[Report on the health of British troops in the Madras command]
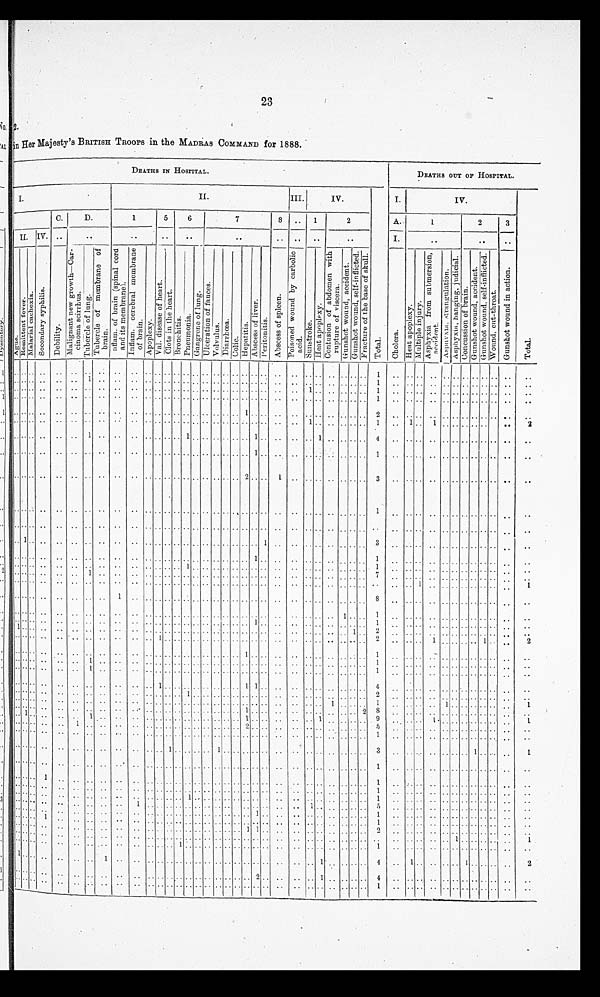
23
in Her Majesty's BRITISH TROOPS in the MADRAS COMMAND for 1888.
DEATHS IN HOSPITAL.
DEATHS OUT OF HOSPITAL.
I.
II.
III.
IV.
T o t a l .
I.
IV.
T o t a l .
C.
D.
1
5
6
7
8
. .
1
2
A.
1
2
3
I I .
IV. ..
. .
. .
..
. .
..
. .
. .
. .
..
I.
..
..
. .
A g u e .
R e m i t t e n t f e v e r .
M a l a r i a l c a c h e x i a . S e c o n d a r y s y p h i l i s .
D e b i l i t y .
M a l i g n a n t n e w g r o w t h — C a r - c i n o m a s c i r r h u s .
T u b e r c l e o f l u n g .
T u b e r c l e o f m e m b r a n e o f b r a i n .
I n f l a m . o f b r a i n ( s p i n a l c o r d a n d i t s m e m b r a n e . )
I n f l a m . c e r e b r a l m e m b r a n e o f b r a i n .
A p o p l e x y .
V a l . d i s e a s e o f h e a r t .
C l o t s i n t h e h e a r t .
B r o n c h i t i s . P n e u m o n i a .
G a n g r e n e o f l u n g .
U l c e r a t i o n o f f a u c e s .
V o l v u l u s . D i a r r h œ a .
C o l i c .
H e p a t i t i s .
A b s c e s s o f l i v e r .
P e r i t o n i t i s .
A b s c e s s o f s p l e e n .
P o i s o n e d w o u n d b y c a r b o l i c a c i d .
S u n s t r o k e .
H e a t a p o p l e x y .
C o n t u s i o n o f a b d o m e n w i t h r u p t u r e o f v i s c e r a .
G u n s h o t w o u n d , a c c i d e n t .
G u n s h o t w o u n d , s e l f - i n f l i c t e d . F r a c t u r e o f t h e b a s e o f s k u l l .
C h o l e r a .
H e a t a p o p l e x y . M u l t i p l e i n j u r y . A s p h y x i a f r o m s u b m e r s i o n , a c c i d e n t .
A s p h y x i a , s t r a n g u l a t i o n .
A s p h y x i a , h a n g i n g , j u d i c i a l .
C o n c u s s i o n o f b r a i n .
G u n s h o t w o u n d , a c c i d e n t .
G u n s h o t w o u n d , s e l f - i n f l i c t e d .
W o u n d , c u t - t h r o a t .
G u n s h o t w o u n d i n a c t i o n .
. .
. . . . . .
. . . . . . . . . .
. .
. . . . . . . . . . . . . . . . . . . . . . . . . . . .
. .
. . . . . . . .
. . . . 1
. .
. . . . . .
. . . . . .
. . . .
. .
.. ..
. .
. . . . . .
. . . .
1
. .
. .
.. .. ..
. .
.. ..
. .
.. .. .. ..
. .
.. .. .. .. .. .. .. .. .. .. 1
. . . . . . . . . . . . . . . . . . . . . .
..
. .
. . . . . .
. . . . . . . .
. .
. . . . . . . . . . . . . . . .
.. .. .. .. .. .. .. ..
1
.. .. .. .. ..
1
. .
. . . . . .
. . . . . . . . . . . . . .
. .
. .
. . . . . .
. . . . . . . .
. .
. . . . . . . . . . . . . . . . . . . . . . . . . . . . . .
. . . . . . . . . . . . . . 1
. . . . . . . . . . . . . . . . . . . .
. .
. .
. .
. . . . . .
. .
.. ..
. .
. .
. . . . . .
..
. . . . . . . . . . . . . . 1 . . . . . .
. .
. . . . . .
. . . . . . 2
. .
. . . . . .
. . . . . . . . . . . . . .
. .
. .
. . . .
..
. . . . . .
.. .. ..
. . . . . . . . . . . .
.. .. .. .. .. .. .. .. ..
1 . . . .
. . . . . . 1
. .
1 . . 1
. . . . . . . . . . . .
. .
2
. .
. . . . . . . . . .
1 . .
. .
. .
. . . . . . . . 1 . . . . . . . . . . . . 1 . . . .
. .
. . 1 . . . . . . . . 4
. .
. . . . . .
. . . . . . . . . . . . . .
. .
. .
. . . .
. .
.. .. .. .. .. ..
. . . . . . . . . . . . . .
.. .. .. .. 1 ..
. .
. .
.. ..
. . . .
.. ..
1
. .
. . . . . .
. . . . . . . . . . . .
..
. .
. .
. . . . . . . . . .
. . . .
. .
. .
. . . .
. .
. . . . . . . . . . . . . .
2
. . . .
1
.. .. .. ..
. . . . . .
3
. . . . . . . .
. . . . . . . . . . . . . .
. .
. .
. . . . . .
. . . .
. . . .
. .
. . . . . .
.. .. .. ..
. . . . . . . . . . . . . .
.. .. .. .. ..
. . . . . .
1 ..
. . . .
. . . . . . . . . . . . . .
. .
. .
. .
. . . . . .
. . . .
. . . .
. . . .
. . . . . . . . . . . . . . . . . . . . . . . . . . . .
. . . . . . . . . . . . . . . .
. . . . . . . .
. . . . . . . . . . . . . .
. .
. .
1 . . . .
.. ..
. . . .
. .
. . . . . . . . . . . . . . . . . . . . . .
.. .. 1 ..
. .
.. .. ..
. . . . . .
3
. . . . . . . .
. . . . . . . . . . . . . .
. .
. .
. . . .
.. ..
. . . .
.. .. ..
. . . . . . . . . . . . . . . . . . . . . .
1 .. .. .. .. .. ..
. . . . . .
1
. . . . . . . . . . . . . . . . . . . . . .
. .
. .
. . . . . .
. . . . . . . .
. .
. . . . . . . . . . 1 . . . . . . . . . . . . . . . .
. . . .
. . . . . .
. . . . . .
1
. . . . . . . . . . . . . . . . . . . .
. .
. .
. .
. . . .
.. .. ..
1 . .
. .
. .
. . . . . . . . . . . . . . . . . . . . . . . . . . . .
. .
. . . . . .
. . . . . .
7
. . . . . . . .
. . . . . . . . . . . . . .
. .
. .
. . . .
.. .. .. ..
. .
..
. . . . . . . . . . . . . . . .
.. .. .. .. .. .. ..
. .
.. .. ..
. . . .
..
. .
.. .. 1
. .
. . . . . . . . . . . .
. .
1
. .
. . . .
.. .. .. .. .. 1
. . . .
.. ..
. . . .
..
. . . . . . . . . . . . . .
. .
. . . . . . . .
. . . . . .
8
. .
. . . . . .
. . . . . . . . . . . .
. . . .
. .
. . . .
. .
. . . .
..
. . . .
. .
.. .. .. .. .. .. .. .. .. .. .. .. .. ..
. . . . . . . .
1 . . . .
1 ..
. . . .
. . . . . . . . . . . . . .
. .
. . . .
. . . .
. .
. . . . . .
.. .. .. ..
. . . . . . . . . . . . . . . . . . . . 1 . . . .
. .
. . . . . .
. . . . . . 1
. .
. . . . . . . . . . . . . . . . . .
. .
. .
1
. . . .
. . . . . .
. . . .
. .
. . . . . . . . . . . . . . . . . . . . . . . . . . . .
. .
. . . . . .
. .
.. 1 .. 2
. . . . . .
. . . . . . . . . . . . . . . .
. .
. .
. . . .
. . . . . .
..
. .
. .
. .
..
1 . . . . . . . . . . . . . . . . . . . . . . . .
. .
. . . . . .
. . . . . .
2
. . . . . .
1
. . . . . . . .
1
. .
. .
2
. .
. . . .
. . . . . .
. . . .
.. .. .. .. .. .. .. .. ..
. . . . . . 1
. . . .
. .
. . . . . . . . . . . . . .
1
. .
. . . .
. .
. . . . . . . . . . . . . . . .
. .
. .
. . . .
. . . . . .
1
.. .. ..
. . . . . . . . . . . . . . . . . . . . . . . . . .
. .
. .
. .
. .
.. .. .. .. 1
. . . . . .
. . . . . . . . . . . . . .
. .
..
. .
. . . .
. . . . . .
1
. . . .
. . . . . . . . . . . . . . . . . . . . . . . . . . . .
. .
. . . . . .
. . . . . . . .
1
. . . . . .
. . . . . . . . . . . . . .
. .
. .
. .
. . . . . . . . . .
. . . .
. .
. .
. . 1 . . . . . . . . . . . . . . . . 1 1 . . . .
. .
. . . .
. . . . . . . .
4
. .
. . . .
. . . . . . . . . . . . . . . .
. .
. . .
. . . . . . . . . .
. . . .
. .
. .
. . . . . . . . 1 . . . . . . . . . . . . . . . . . .
. .
. . . .
. . . . . . . .
2
. . . . . . . .
. . . . . . . . . . . .
. .
. .
. .
. . . . . .
. . . .
. .
. . . . . .
. . . . . . . . . . . . . . . . . . . . . . . . . . . .
. .
. . . . 1
. . . . . .
1
. . . . . . . .
1 . . . . . . . . . . . .
1
. .
. . . .
. . . . . .
. . . .
. . . .
. . . . . . . . . . . . . . . . . . . . 1 . . . . . .
. .
. . . . . .
. . . . 2 8
. . . . . . . .
. . . . . . . . . . . . . .
. .
. .
1 . . . . . . . .
1 . .
. .
. .
. . . . . . . . . . . . . . . . . . . . 1 . . . . . .
. .
. . 1 . .
. . . . . .
9
. .
. . . .
1
. . . .
.. ..
. . . . . .
1
. .
. . . . . . . .
1
. . . .
. .
. . . . . . . . . . . . . . . . . . . . . . 2 . . . . . .
. . . . . . . .
. . . . . .
5
. . . . . . . .
. . . . . . . . . . . .
. .
. .
. .
. . . .
. .
. . . .
. . . .
. .
. . . . . . . . . . . . . . . .
. . . . . . . . . . . .
. .
. . . . . . . .
. . . . . . 1
. . . . . .
. . . . . . . . . . . . . .
. .
. .
. .
. . . .
. .
. . . .
. . . . . .
. .
. . . . 1 . . . . . . . . 1 . . . . . . . . . .
. .
. . . . . . . .
. . . . . .
3
. . . . . .
. . . . . . . . 1 . . . . . .
1
. .
. . . . . .
. . . .
. . . . . .
. . . . . . . . . . . . . . . . . . . . . . . . . . . . . .
. . . . . . . .
. . . . . .
1
. .
. . . .
. . . . . . . . . . . . . .
. .
. .
. .
. . . . 1 . . . .
. . . .
. .
. .
. . . . . . . . . . . . . . . . . . . . . . . . . .
. .
. . . . . . . .
. . . . . . 1
. . . . . . . .
. . . . . . . . . . . .
. .
. .
. .
. . . .
. . . . . .
. . . .
. .
. . . . . . . . . . . . . . . . . . . . . . . . . . . .
. .
. . . . . . . .
. . . . . .
1
. . . . . . . .
. . . . . . . . . . . .
. .
. .
. . . . . .
. . . .
. .
. . . .
. .
. . . . . . . . . . 1 . . . . . . . . . . . . . . . .
. .
. . . . . . . .
. . . . . .
1
. . . . . .
. . . . . . . . . . . . . .
. .
. .
. .
. . . .
. .
. . . .
. . . .
. .
1
. . . . . . . . . . . . . . . . . . . . . . . . . . . .
. . 1 . .
. . . . . . . . 5
. . . . . . . .
. . . . . . . . . . . .
. .
. .
.. ..
. .
. . . . . .
. . . .
. .
. .
. . . . . . . . . . . . . . . . . . . . . . 1 . . . .
. .
. . . . . .
. . . . . .
1
. . . . . . . .
. . . . . . . . . . . . . .
. .
. .
. . . . 1 . .
. . . . . .
. .
. . . . . . . . . . . . . . . . . . . . . . . . . . . . . .
. .
. . . . . .
. . . . . .
1
. .
. . . . . .
. . . . . . . . . . . .
. . . .
. .
. . . .
. . . .
. . . . . .
. .
. . . . . . . . . . . . . . . . . . . . . . 1
1
. . . .
. . . . . . . . . . . . . .
2
. . . . . . . .
. . . . . . . . . . . .
. .
. .
. .
. . . .
. . . . . .
. . . .
. .
. . . . . . . . . . . . . . . . . . . . . . . . . . . . . .
. . . . . . . . . . . . . . . .
. . . . . . . .
. . 1 . . . . . . . .
. . 1
. .
. . . .
. . . . . .
. . . .
. .
. . . . . . . . 1 . . . . . . . . . . . . . . . . . .
. .
. . . . . . . . . . . . . . 1
. . . . . .
. . . . . . . . . . . . . . . .
. .
1
. . . . . . . . . .
. . 1
. .
. .
. . . . . . . . . . . . . . . . . . . . . . . . . . . .
. .
. . 1 . .
. . . . . .
4
. .
1 . . . .
. . . . 1 . . . . . . . .
2
. . . . . .
. . . . . .
. . . .
. .
. .
. . . . . . . . . . . . . . . . . . . . . . 2 . . . .
. .
. . 1 . .
. . . . . . 4
. . . . . . . . . . . . . . . . . . . .
. .
. .
. .
. . . .
. . . . . .
. .
. . . .
. .
. . . . . . . . . . . . . . . . . . . . . . . . . . . .
. .
. . . . . .
. . . . . . 1
. .
. . . . . . . . . . . . . . . . . .
. .
. .